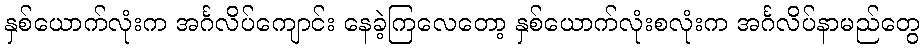
နှစ်ယောက်လုံးက အင်္ဂလိပ်ကျောင်း နေခဲ့ကြလေတော့ နှစ်ယောက်လုံးစလုံးက အင်္ဂလိပ်နာမည်တွေ